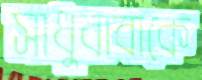
সাধুবাবাকে